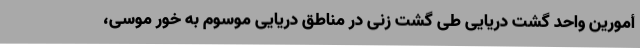
أمورین واحد گشت دریایی طی گشت زنی در مناطق دریایی موسوم به خور موسی،